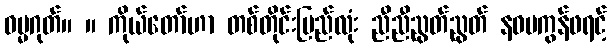
ဓမ္မဂုတ်။ ။ ကိုယ်တော်ဟာ တစ်တိုင်းပြည်လုံး ညီညီညွတ်ညွတ် နဝမကွန်ဖရင့်